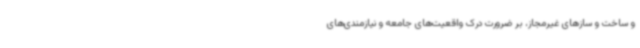
و ساخت و سازهای غیرمجاز، بر ضرورت درک واقعیت‌های جامعه و نیازمندی‌های